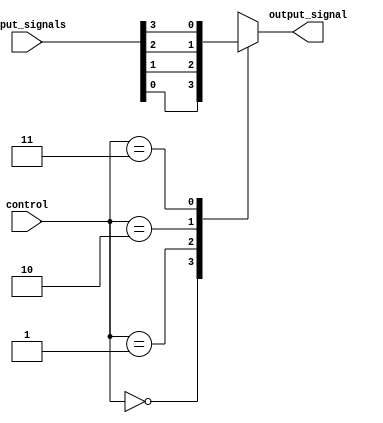
module mux_4_1 (
    input [3:0] input_signals,
    input [1:0] control,
    output reg output_signal
);

always @(*) begin
    case (control)
        2'b00: output_signal = input_signals[0];
        2'b01: output_signal = input_signals[1];
        2'b10: output_signal = input_signals[2];
        2'b11: output_signal = input_signals[3];
    endcase
end

endmodule